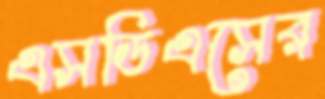
এসডিএসের